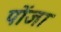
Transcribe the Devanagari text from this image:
पोंजा